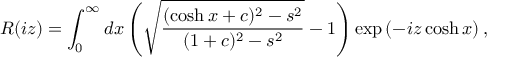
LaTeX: R ( i z ) = \int _ { 0 } ^ { \infty } d x \left( \sqrt { \frac { ( \cosh x + c ) ^ { 2 } - s ^ { 2 } } { ( 1 + c ) ^ { 2 } - s ^ { 2 } } } - 1 \right) \exp \left( - i z \cosh x \right) ,